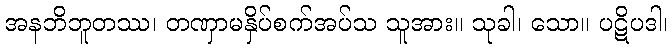
အနဘိဘူတဿ၊ တဏှာမနှိပ်စက်အပ်သ သူအား။ သုခါ၊ သော။ ပဋိပဒါ၊